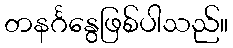
တနင်္ဂနွေဖြစ်ပါသည်။